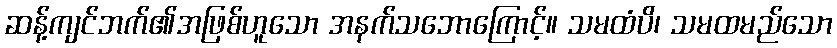
ဆန့်ကျင်ဘက်၏အဖြစ်ဟူသော အနက်သဘောကြောင့်။ သမထံပိ၊ သမထမည်သော